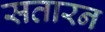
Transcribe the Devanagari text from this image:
सतारन